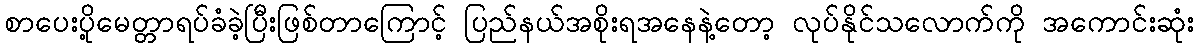
စာပေးပို့မေတ္တာရပ်ခံခဲ့ပြီးဖြစ်တာကြောင့် ပြည်နယ်အစိုးရအနေနဲ့တော့ လုပ်နိုင်သလောက်ကို အကောင်းဆုံး